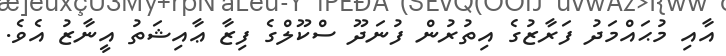
އާއި މުޙައްމަދު ފަރާޒުގެ އިތުރުން ފުނަދޫ ސްކޫލްގެ ފިޒާ ޢާއިޝަތު އީނާޒު އެވެ.